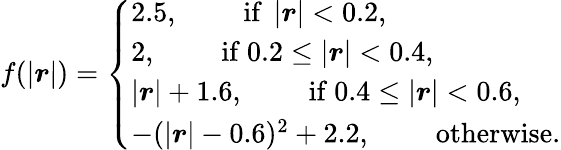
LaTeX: f(\left|\boldsymbol{r}\right|)=\left\{ \begin{array}{ll}{2.5,\qquad\mathrm{~if}\ \left|\boldsymbol{r}\right|<0.2,}\\ {2,\qquad\mathrm{~if}\ 0.2\le\left|\boldsymbol{r}\right|<0.4,}\\ {\left|\boldsymbol{r}\right|+1.6,\qquad\mathrm{~if}\ 0.4\le\left|\boldsymbol{r}\right|<0.6,}\\ {-(\left|\boldsymbol{r}\right|-0.6)^{2}+2.2,\qquad\mathrm{~otherwise}.}\end{array}\right.